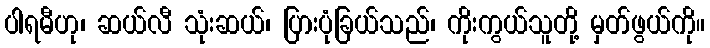
ပါရမီဟု၊ ဆယ်လီ သုံးဆယ်၊ ပြားပုံခြယ်သည်၊ ကိုးကွယ်သူတို့ မှတ်ဖွယ်ကို။